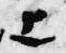
上